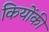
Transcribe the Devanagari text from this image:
कियोंकी